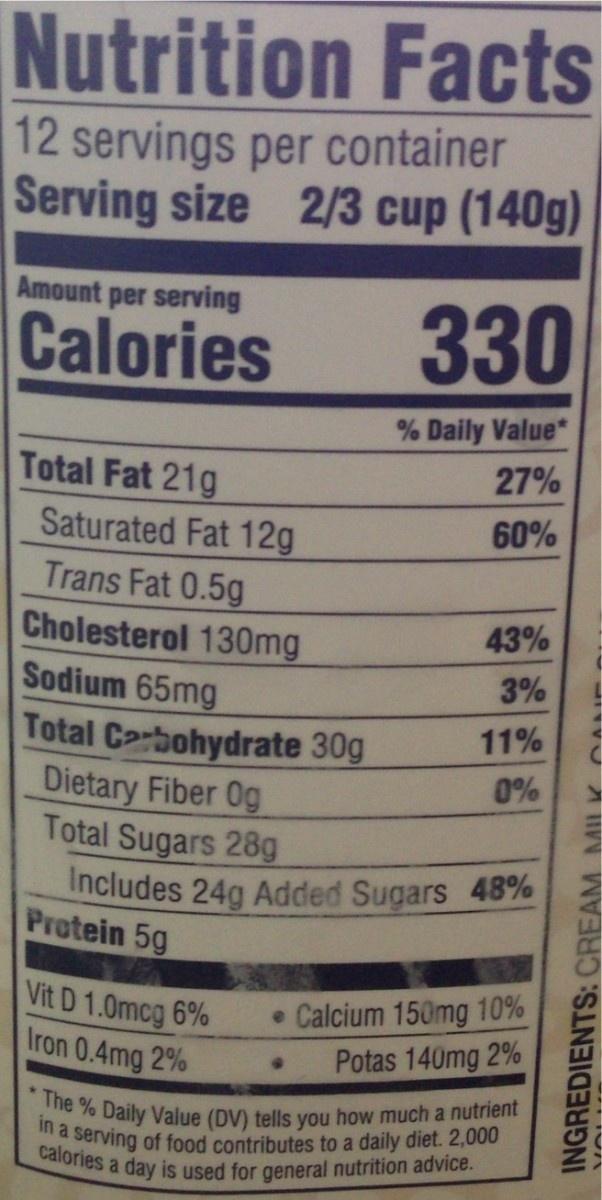
Nutrition Facts
12 servings per container Serving size 2/3 cup (140g)
Amount per serving
Calories
330
% Daily Value*
Total Fat 21g Saturated Fat 12g Trans Fat 0.5g Cholesterol 130mg Sodium 65mg Total Carbohydrate 30g Dietary Fiber 0g Total Sugars 28g
27%
60%
43%
3%
11%
0%
Includes 24g Added Sugars 48% Protein 5g
Vit D 1.0mcg 6% Iron 0.4mg 2%
• Calcium 150mg 10% Potas 140mg 2%
The % Daily Value (DV) tells you how much a nutrient in a serving of food contributes to a daily diet. 2,000 calories a day is used for general nutrition advice.
INGREDIENTS: CREAM MILK C